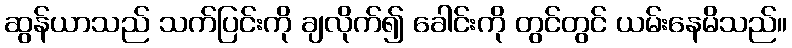
ဆွန်ယာသည် သက်ပြင်းကို ချလိုက်၍ ခေါင်းကို တွင်တွင် ယမ်းနေမိသည်။